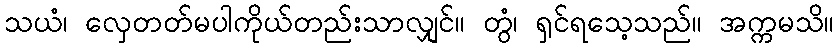
သယံ၊ လှေတတ်မပါကိုယ်တည်းသာလျှင်။ တွံ၊ ရှင်ရသေ့သည်။ အက္ကမသိ။